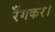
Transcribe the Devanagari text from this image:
रँगकर।